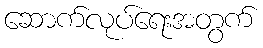
ဆောက်လုပ်ရေးအတွက်